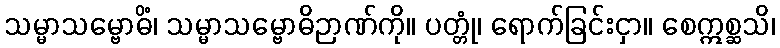
သမ္မာသမ္ဗောဓိံ၊ သမ္မာသမ္ဗောဓိဉာဏ်ကို။ ပတ္တုံ၊ ရောက်ခြင်းငှာ။ စေဣစ္ဆသိ၊